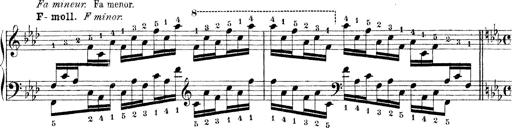
Title: Technische Studien
Composer: Franz Liszt